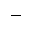
-